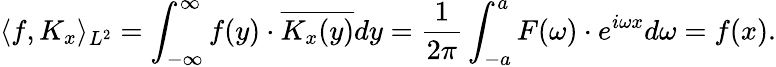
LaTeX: \langle f,K_{x}\rangle_{L^{2}}=\int_{-\infty}^{\infty}f(y)\cdot{\overline{{K_{x}(y)}}}dy={\frac{1}{2\pi}}\int_{-a}^{a}F(\omega)\cdot e^{i\omega x}d\omega=f(x).